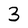
Character: 3